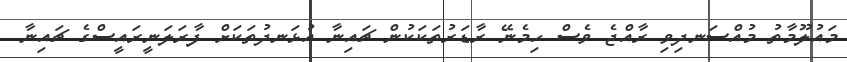
މައުލޫމާތު މުއްސަނދިވި ރާއްޖެ ވެސް ހިމެނޭ ރާޑަރުތަކަކުން ޗައިނާ އުޅަނދުތަކަށް ފާރަލަނީރައީސްގެ ޗައިނާ